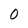
Character: 0